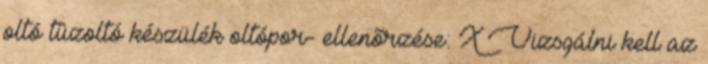
oltó tûzoltó készülék oltópor- ellenõrzése: X Vizsgálni kell az